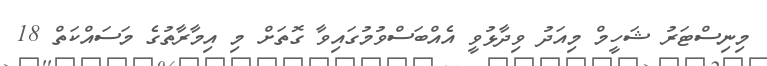
މިނިސްޓަރު ޝަހީމް މިއަދު ވިދާޅުވީ އެއްބަސްވުމުގައިވާ ގޮތަށް މި އިމާރާތުގެ މަސައްކަތް 18